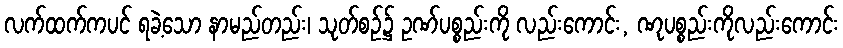
လက်ထက်ကပင် ရခဲ့သော နာမည်တည်း၊ သုတ်စဉ်၌ ဥဏ်ပစ္စည်းကို လည်းကောင်း, ဏုပစ္စည်းကိုလည်းကောင်း